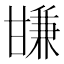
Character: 㽐